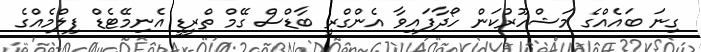
ގިނަ ބައެއްގެ މަޝްހޫރުކަން ހޯދާފައިވާ އެންގްރީ ބާޑްސް ގޭމް ތްރީޑީ އެނިމޭޓެޑް ފިލްމެއްގެ